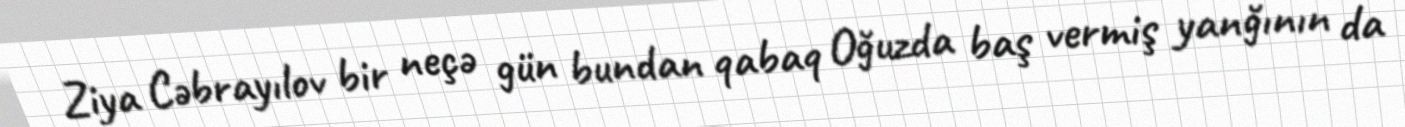
Ziya Cəbrayılov bir neçə gün bundan qabaq Oğuzda baş vermiş yanğının da